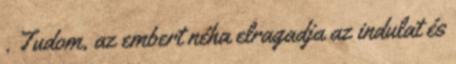
. Tudom, az embert néha elragadja az indulat és